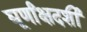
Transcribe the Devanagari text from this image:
घूर्णांक्षदर्शी